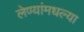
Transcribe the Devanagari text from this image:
लेण्यांमधल्या